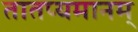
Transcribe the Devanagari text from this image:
तातप्यमानम्